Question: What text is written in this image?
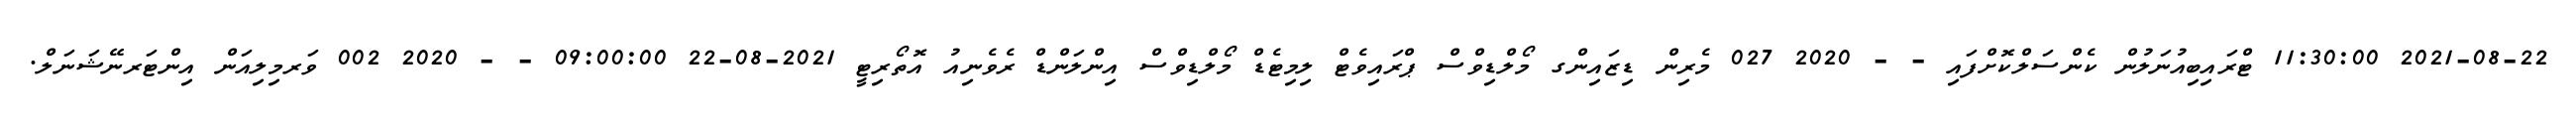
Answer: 2021-08-22 11:30:00 ޓްރައިބިއުނަލުން ކެންސަލްކޮށްފައި - - 2020 027 މެރިން ޑިޒައިންގ މޯލްޑިވްސް ޕްރައިވެޓް ލިމިޓެޑް މޯލްޑިވްސް އިންލަންޑް ރެވެނިއު އޮތޯރިޓީ 2021-08-22 09:00:00 - - 2020 002 ވަރމިލިއަން އިންޓަރނޭޝަނަލް.